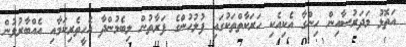
އަތޮޅު މަދަރުސާއިން ހިންގާ އެކިއެކި ހަރަކާތްތަކުގައި ފުލުހުންގެ ފަރާތުުން ލިބެމުންދާ އެހީތެރިކަމާއި އެއްބާރުލުން